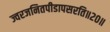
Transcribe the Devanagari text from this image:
ज्वरजनितपीडापसरति॥२०॥